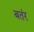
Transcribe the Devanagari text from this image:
बतंर